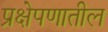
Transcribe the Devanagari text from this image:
प्रक्षेपणातील